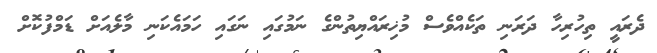
ދެރައީ ތިހުރިހާ ދަރަނި ތަކެއްވެސް މުޚިރައްޔިތުންގެ ނަމުގައި ނަގައި ހަމައެކަނި މާލެއަށް ޑަމްފުކޮށް